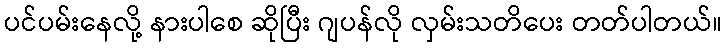
ပင်ပမ်းနေလို့ နားပါစေ ဆိုပြီး ဂျပန်လို လှမ်းသတိပေး တတ်ပါတယ်။